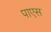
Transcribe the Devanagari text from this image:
पाएस